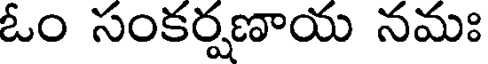
ఓం సంకర్షణాయ నమః